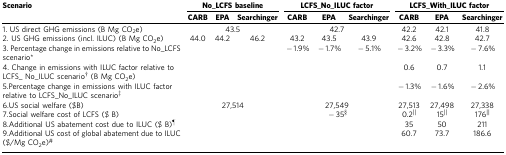
| Scenario | <COLSPAN=3> No_LCFS baseline | <COLSPAN=3> LCFS_No_ILUC factor | <COLSPAN=3> LCFS_With_ILUC factor |
 |  | CARB | EPA | Searchinger | CARB | EPA | Searchinger | CARB | EPA | Searchinger |
 | --- | --- | --- | --- | --- | --- | --- | --- | --- | --- |
 | 1. US direct GHG emissions (B Mg CO2e) | <COLSPAN=3> 43.5 | <COLSPAN=3> 42.7 | 42.2 | 42.1 | 41.8 |
 | 2. US GHG emissions (incl. ILUC) (B Mg CO2e) | 44.0 | 44.2 | 46.2 | 43.2 | 43.5 | 43.9 | 42.6 | 42.8 | 42.7 |
 | 3. Percentage change in emissions relative to No_LCFS scenario* |  |  |  | −1.9% | −1.7% | −5.1% | −3.2% | −3.3% | −7.6% |
 | 4. Change in emissions with ILUC factor relative to LCFS_ No_ILUC scenario† (B Mg CO2e) |  |  |  |  |  |  | 0.6 | 0.7 | 1.1 |
 | 5.Percentage change in emissions with ILUC factor relative to LCFS_No_ILUC scenario‡ |  |  |  |  |  |  | −1.3% | −1.6% | −2.6% |
 | 6.US social welfare ($B) | <COLSPAN=3> 27,514 | <COLSPAN=3> 27,549 | 27,513 | 27,498 | 27,338 |
 | 7.Social welfare cost of LCFS ($ B) |  |  |  | <COLSPAN=3> −35§ | 0.2|| | 15|| | 176|| |
 | 8.Additional US abatement cost due to ILUC ($ B)¶ |  |  |  |  |  |  | 35 | 50 | 211 |
 | 9.Additional US cost of global abatement due to ILUC ($/Mg CO2e)# |  |  |  |  |  |  | 60.7 | 73.7 | 186.6 |